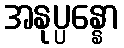
အနုပ္ပန္နော